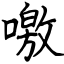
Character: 噭